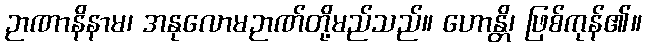
ဉာဏာနိနာမ၊ အနုလောမဉာဏ်တို့မည်သည်။ ဟောန္တိ၊ ဖြစ်ကုန်၏။